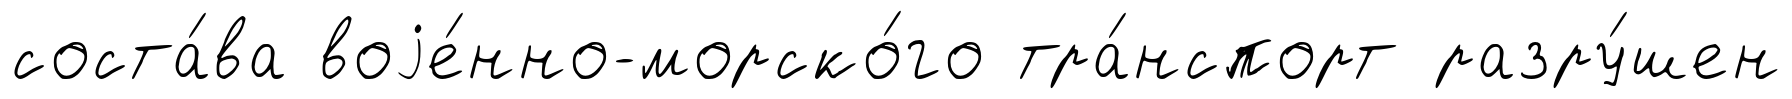
соста́ва воjе́нно-морско́го тра́нспорт разру́шен